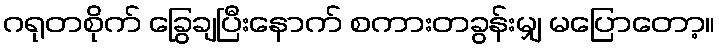
ဂရုတစိုက် ခြွေချပြီးနောက် စကားတခွန်းမျှ မပြောတော့။